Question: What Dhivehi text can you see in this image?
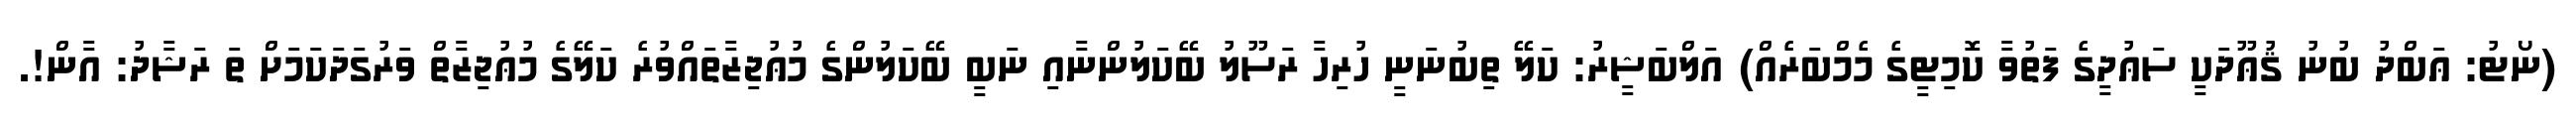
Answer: (ނޯޓު: ޢަބްދު ބުނު ޤުޢޫދަކީ ސަޢުދީގެ ފަތުވާ ކޮމިޓީގެ މެމްބަރެއް) އަލްބަޝީރު: ކަލޭ ތިބުނަނީ ހުރިހާ ރަސޫލު ބޭކަލުންނާއި ނަބީ ބޭކަލުންގެ މުޢުޖިޒާތައްވުރެ ކަލޭގެ މުޢުޖިޒާތް ވަރުގަދަކަމަށް ތަ ރަޝާދު: އާން!.